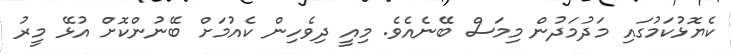
ކެޔޮޅުކަމުގައި މަދުމަދުން މިމަސް ބޭނެއެވެ. މިއީ ދިވެހިން ކެއުމަށް ބޭނުންކޮށް އުޅޭ މީރު